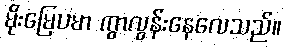
မိုးမြေပမာ ကွာလွန်းနေလေသည်။